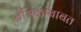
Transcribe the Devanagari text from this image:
तमिळांबाबत